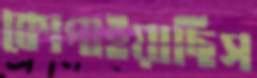
কোপাইয়াছিস